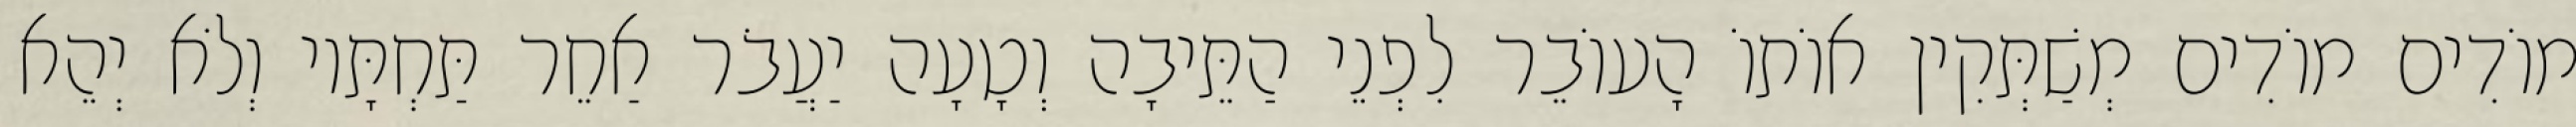
מוֹדִים מוֹדִים מְשַׁתְּקִין אוֹתוֹ הָעוֹבֵר לִפְנֵי הַתֵּיבָה וְטָעָה יַעֲבֹר אַחֵר תַּחְתָּיו וְלֹא יְהֵא